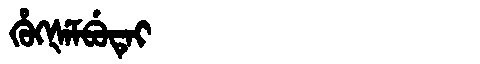
Manchu: ᡥᡠᡴᡧᡝᠮᠪᡠᡨᡝᡳ
Romanization: HUKŠEMBUTEI